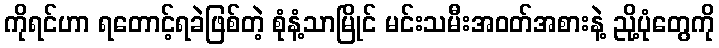
ကိုရင်ဟာ ရတောင့်ရခဲဖြစ်တဲ့ စုံနံ့သာမြိုင် မင်းသမီးအဝတ်အစားနဲ့ ညို့ပုံတွေကို